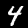
Digit: 4